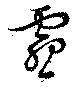
霫